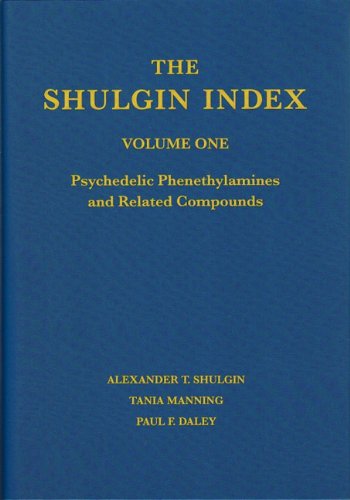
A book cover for The Shulgin Index, Volume One: Psychedelic Phenethylamines and Related Compounds; Alexander T. Shulgin; Medical Books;